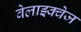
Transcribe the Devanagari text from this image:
वेलाझ्क्वेज